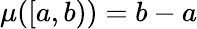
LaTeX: \mu([a,b))=b-a